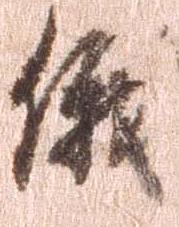
俄